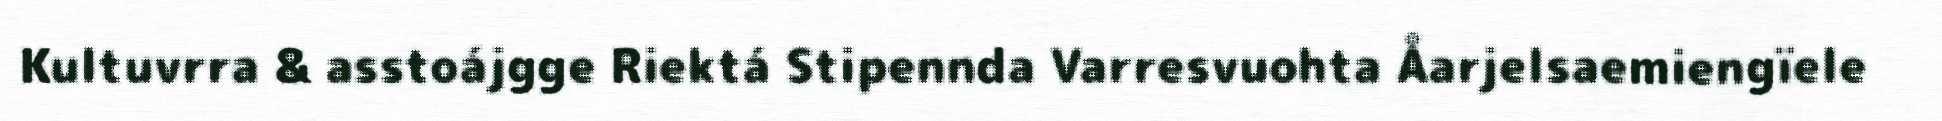
Kultuvrra & asstoájgge Riektá Stipennda Varresvuohta Åarjelsaemiengïele